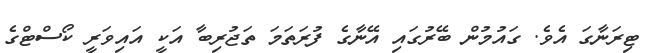
ޓިރަނާގަ އެވެ. ގައުމުން ބޭރުގައި އޭނާގެ ފުރަތަމަ ތަޖުރިބާ އަކީ އައިވަރީ ކޯސްޓްގެ